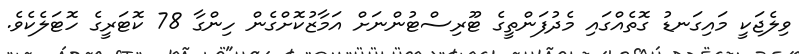
ވިލެޖަކީ މައިގަނޑު ގޮތެއްގައި މެދުފަންތީގެ ޓޫރިސްޓުންނަށް އަމާޒުކޮށްގެން ހިންގާ 78 ކޮޓަރީގެ ހޮޓަލެކެވެ.